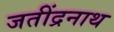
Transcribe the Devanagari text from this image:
जतींद्रनाथ